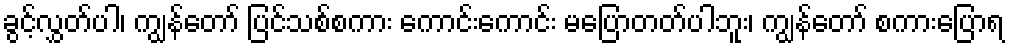
ခွင့်လွှတ်ပါ၊ ကျွန်တော် ပြင်သစ်စကား ကောင်းကောင်း မပြောတတ်ပါဘူး၊ ကျွန်တော် စကားပြောရ